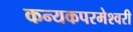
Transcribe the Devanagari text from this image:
कन्‍यकपरमेश्‍वरी